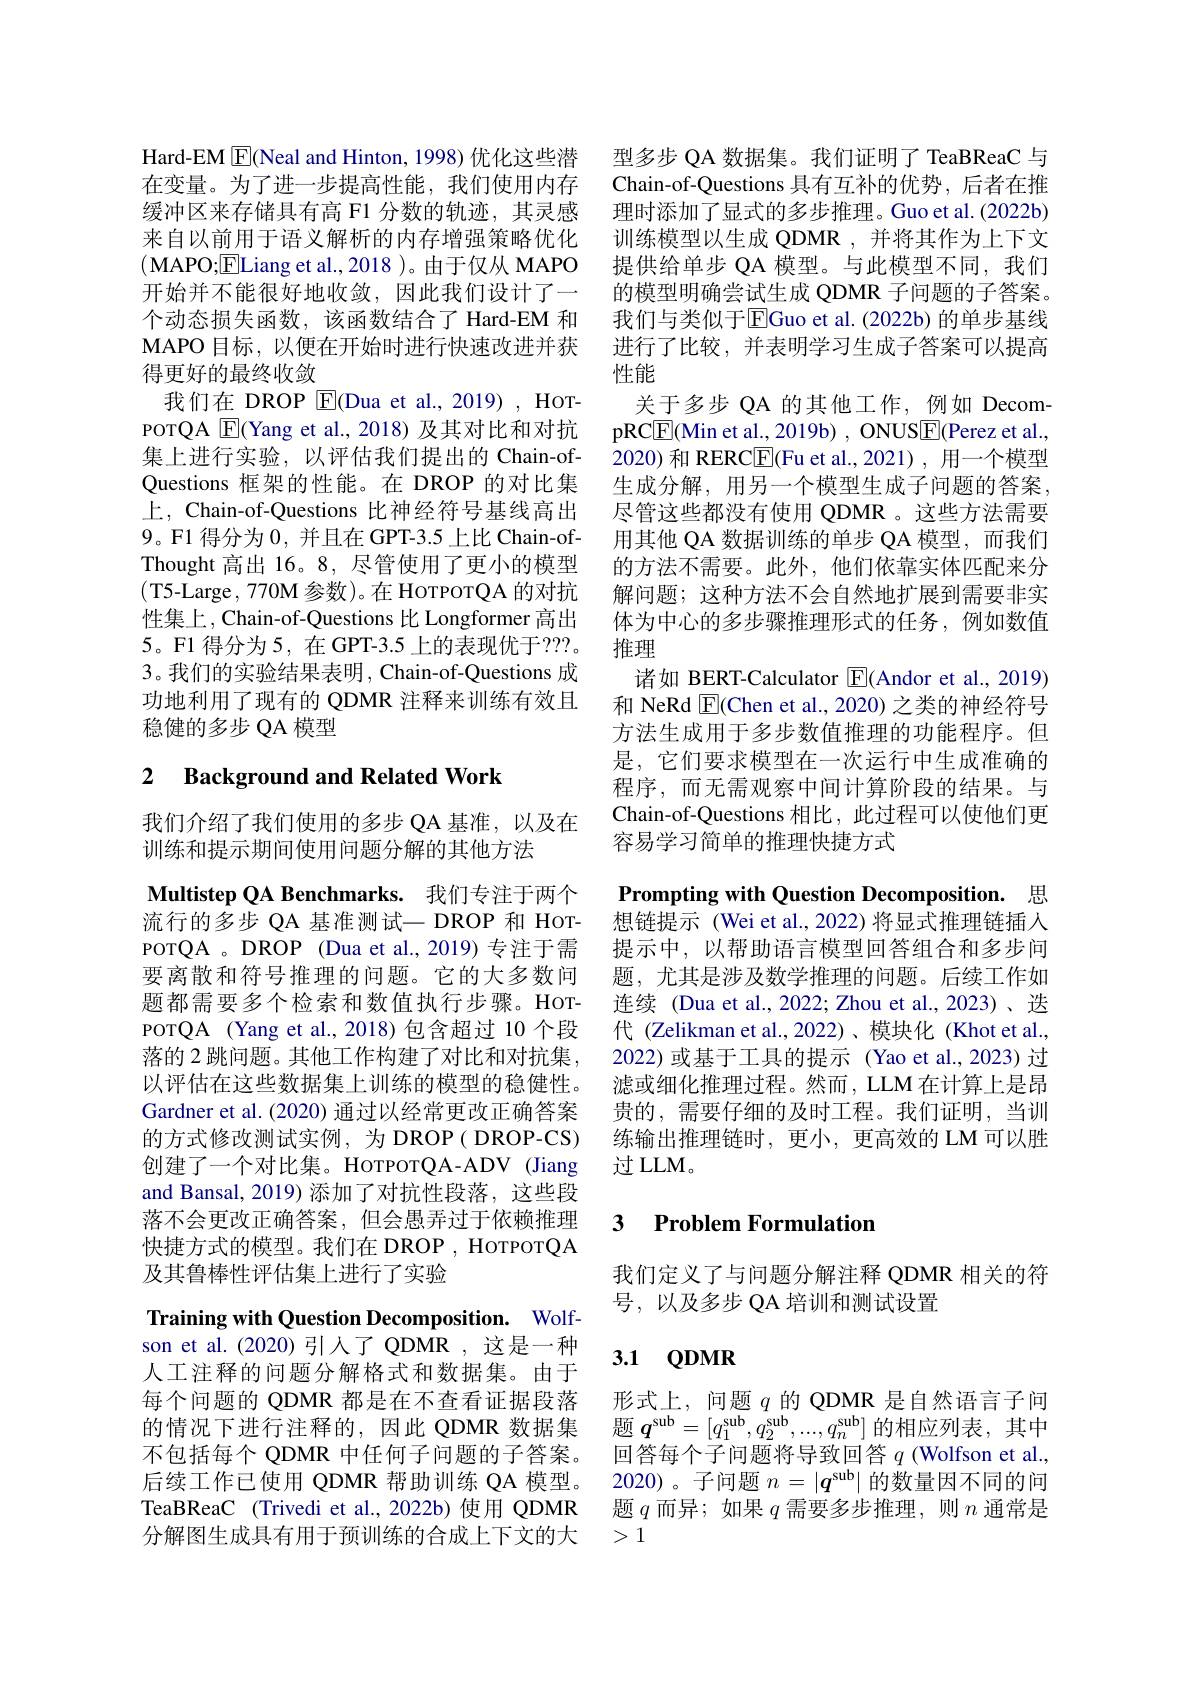
Hard-EM $\boxed{\mathrm{E}}$(Neal and Hinton, 1998)优化这些潜 型多步 QA 数据集。我们证明了 TeaBReaC 与在变量。为了进一步提高性能，我们使用内存 Chain-of-Questions 具有互补的优势，后者在推缓冲区来存储具有高 F1 分数的轨迹，其灵感 理时添加了显式的多步推理。Guo et al.(2022b) 来自以前用于语义解析的内存增强策略优化(MAPO;$\boxed{\mathrm{E}}$Liang et al.,2018 )。由于仅从 MAPO 开始并不能很好地收敛，因此我们设计了一个动态损失函数，该函数结合了 Hard-EM 和MAPO 目标，以便在开始时进行快速改进并获得更好的最终收敛
我们在 DROP E(Dua et al., 2019) , HoTPOTQA $\boxed{\mathrm{E}}($Yang et al.,2018)及其对比和对抗集上进行实验，以评估我们提出的 Chain-ofQuestions 框架的性能。在 DROP 的对比集上，Chain-of-Questions 比神经符号基线高出9。F1 得分为0，并且在 GPT-3.5 上比 Chain-ofThought 高出 16。8, 尽管使用了更小的模型(T5-Large, 770M 参数)。在 HoTPOTQA 的对抗性集上，Chain-of-Questions 比 Longformer 高出5。F1 得分为 5, 在 GPT-3.5 上的表现优于？??。3。我们的实验结果表明，Chain-of-Questions 成功地利用了现有的 QDMR 注释来训练有效且稳健的多步 QA 模型

### 2 $\textbf{Background and Related Work}$

我们介绍了我们使用的多步 QA 基准，以及在
训练和提示期间使用问题分解的其他方法

Multistep QA Benchmarks. 我们专注于两个POTQA 。DROP (Dua et al., 2019) 专注于需要离散和符号推理的问题。它的大多数问题都需要多个检索和数值执行步骤。HOTPOTQA (Yang et al.,2018)包含超过 10 个段落的 2 跳问题。其他工作构建了对比和对抗集， 以评估在这些数据集上训练的模型的稳健性。Gardner et al. (2020) 通过以经常更改正确答案的方式修改测试实例，为 DROP( DROP-CS) 创建了一个对比集。HOTPOTQA-ADV (Jiang and Bansal, 2019) 添加了对抗性段落，这些段落不会更改正确答案，但会愚弄过于依赖推理快捷方式的模型。我们在 DROP , HorporQA 及其鲁棒性评估集上进行了实验

Training with Question Decomposition. Wolfson et al.(2020)引人了 QDMR ,这是一种人工注释的问题分解格式和数据集。由于每个问题的 QDMR 都是在不查看证据段落的情况下进行注释的，因此 QDMR 数据集不包括每个 QDMR 中任何子问题的子答案。后续工作已使用 QDMR 帮助训练 QA 模型。TeaBReaC (Trivedi et al.,2022b)使用 QDMR 分解图生成具有用于预训练的合成上下文的大

训练模型以生成 QDMR ,并将其作为上下文提供给单步 QA 模型。与此模型不同，我们的模型明确尝试生成 QDMR 子问题的子答案。我们与类似于$\overline{\mathrm{EGuo~et~al.~(2022b)~}}$的单步基线进行了比较，并表明学习生成子答案可以提高性能
关于多步 QA 的其他工作，例如 DecompRC$\boxed{\mathrm{E}}($Min et al., 2019b) , ONUS$\boxed{\mathrm{E}}($Perez et al., 2020) 和 RERC$\boxed{\mathrm{F}}($Fu et al.,2021) , 用一个模型生成分解，用另一个模型生成子问题的答案， 尽管这些都没有使用 QDMR 。这些方法需要用其他 QA 数据训练的单步 QA 模型，而我们的方法不需要。此外，他们依靠实体匹配来分解问题；这种方法不会自然地扩展到需要非实体为中心的多步骤推理形式的任务，例如数值推理
诸如 BERT-Calculator $\boxed{\mathrm{E}}($Andor et al., 2019) 和 NeRd $\boxed{\mathrm{F}}($Chen et al., 2020) 之类的神经符号方法生成用于多步数值推理的功能程序。但是，它们要求模型在一次运行中生成准确的程序，而无需观察中间计算阶段的结果。与Chain-of-Questions 相比，此过程可以使他们更容易学习简单的推理快捷方式

Prompting with Question Decomposition. 思
流行的多步 QA 基准测试一 DROP 和 Hor- 想链提示 (Wei et al.,2022) 将显式推理链插人
提示中，以帮助语言模型回答组合和多步间题，尤其是涉及数学推理的问题。后续工作如连续 (Dua et al., 2022; Zhou et al., 2023)、迭代 (Zelikman et al.,2022)、模块化 (Khot et al., 2022)或基于工具的提示 (Yao et al.,2023) 过滤或细化推理过程。然而，LLM 在计算上是昂贵的，需要仔细的及时工程。我们证明，当训练输出推理链时，更小，更高效的 LM 可以胜过LLM。

# 3 Problem Formulation

我们定义了与问题分解注释 QDMR 相关的符
号，以及多步 QA 培训和测试设置

# 3.1 QDMR

形式上，问题$q$的 QDMR 是自然语言子问题$q^\mathrm{sub}=[q_1^\mathrm{sub},q_2^\mathrm{sub},...,q_n^\mathrm{sub}]$的相应列表，其中回答每个子问题将导致回答$q$ (Wolfson et al., 2020)。子问题$n=|\boldsymbol{q}^\mathrm{sub}|$的数量因不同的问题$q$而异；如果$q$需要多步推理，则$n$通常是>1